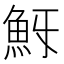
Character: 𩵯